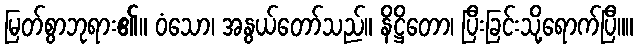
မြတ်စွာဘုရား၏။ ဝံသော၊ အနွယ်တော်သည်။ နိဋ္ဌိတော၊ ပြီးခြင်းသို့ရောက်ပြီ။။